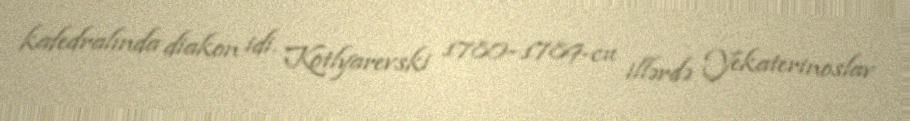
kafedralında diakon idi. Kotlyarevski 1780–1789-cu illərdə Yekaterinoslav